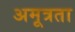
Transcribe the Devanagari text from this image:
अमूत्रता